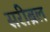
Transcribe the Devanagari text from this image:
सरीब्रल